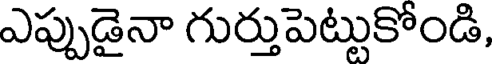
ఎప్పుడైనా గుర్తుపెట్టుకోండి,